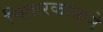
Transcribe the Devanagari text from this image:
चितारकामाने